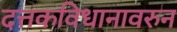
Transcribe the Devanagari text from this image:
दत्तकविधानावरुन